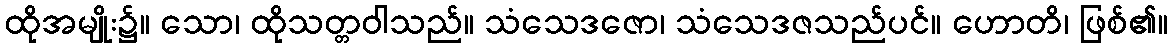
ထိုအမျိုး၌။ သော၊ ထိုသတ္တဝါသည်။ သံသေဒဇော၊ သံသေဒဇသည်ပင်။ ဟောတိ၊ ဖြစ်၏။